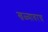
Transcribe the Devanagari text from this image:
खळ्यावरच